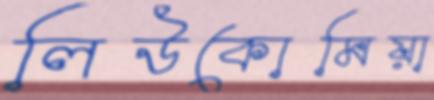
লিউকোমিয়া